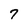
Character: 7